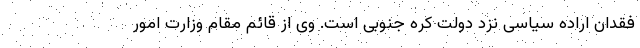
فقدان اراده سیاسی نزد دولت کره جنوبی است. وی از قائم مقام وزارت امور